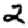
Digit: 2